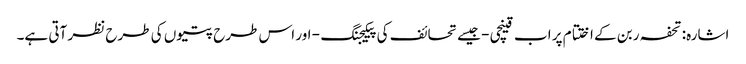
اشارہ: تحفہ ربن کے اختتام پر اب قینچی - جیسے تحائف کی پیکیجنگ - اور اس طرح پتیوں کی طرح نظر آتی ہے۔